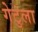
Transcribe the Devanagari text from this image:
गेटुला